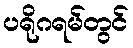
ပရိုဂရမ်တွင်